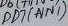
Text: PD7